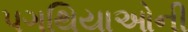
પગથિયાઓની